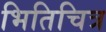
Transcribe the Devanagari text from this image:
भितिचित्र